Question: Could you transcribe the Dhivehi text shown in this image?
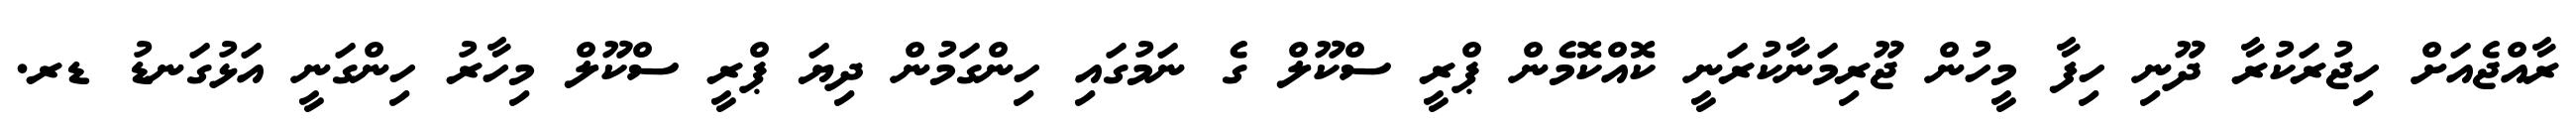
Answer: ރާއްޖެއަށް ހިޖުރަކުރާ ދޫނި ހިފާ މީހުން ޖޫރިމަނާކުރަނީ ކޮއްކޮމެން ޕްރީ ސްކޫލް ގެ ނަމުގައި ހިންގަމުން ދިޔަ ޕްރީ ސްކޫލް މިހާރު ހިންގަނީ އަޅުގަނޑު ޑރ.